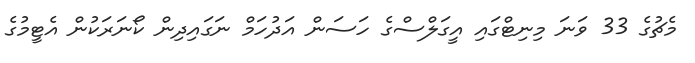
މެޗުގެ 33 ވަނަ މިނިޓްގައި އީގަލްސްގެ ހަސަން އަދުހަމް ނަގައިދިން ކޯނަރަކުން އެޓީމުގެ